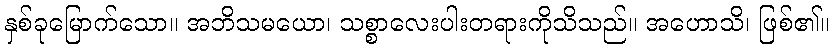
နှစ်ခုမြောက်သော။ အဘိသမယော၊ သစ္စာလေးပါးတရားကိုသိသည်။ အဟောသိ၊ ဖြစ်၏။